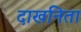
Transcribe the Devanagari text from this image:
दाखनिता